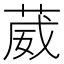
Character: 葳